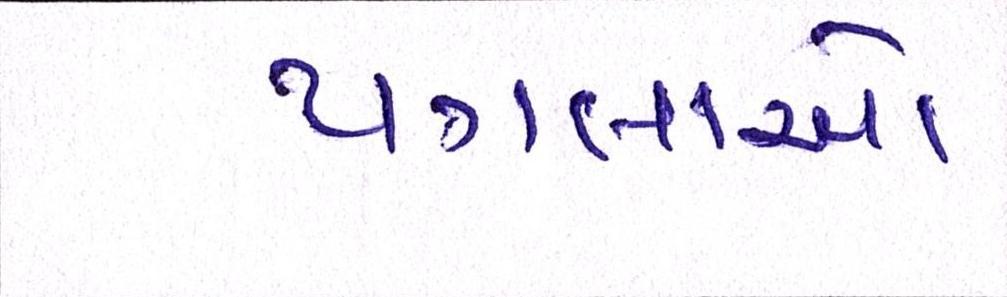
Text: પગલાઓ